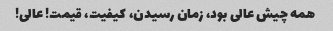
همه چیش عالى بود، زمان رسیدن، کیفیت، قیمت! عالى!